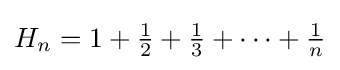
H_{n}=1+{\tfrac {1}{2}}+{\tfrac {1}{3}}+\cdots +{\tfrac {1}{n}}